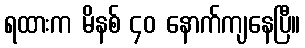
ရထားက မိနစ် ၄၀ နောက်ကျနေပြီ။